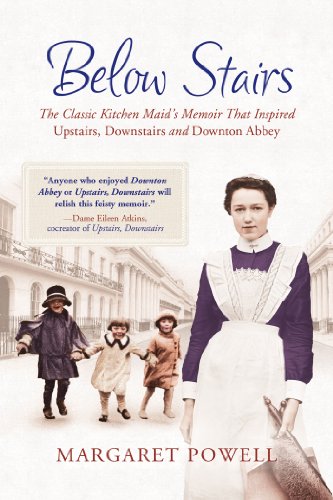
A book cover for Below Stairs: The Classic Kitchen Maid's Memoir That Inspired "Upstairs, Downstairs" and "Downton Abbey"; Margaret Powell; Cookbooks, Food & Wine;